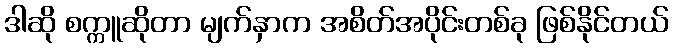
ဒါဆို စက္ကူဆိုတာ မျက်နှာက အစိတ်အပိုင်းတစ်ခု ဖြစ်နိုင်တယ်